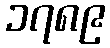
၁၇၈၉